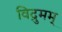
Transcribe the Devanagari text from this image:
विद्रुमम्